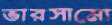
ভারসাম্যে